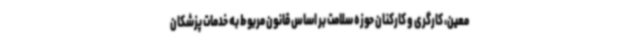
معین، کارگری و کارکنان حوزه سلامت بر اساس قانون مربوط به خدمات پزشکان